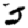
Digit: 5